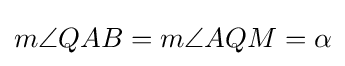
m\angle {QAB}=m\angle {AQM}=\alpha